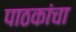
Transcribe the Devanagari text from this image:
पाठकांचा